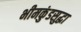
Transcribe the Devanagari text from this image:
भीमकुंडसुद्धा